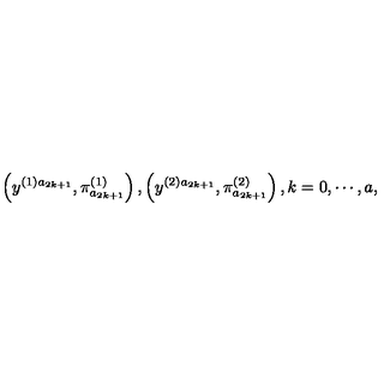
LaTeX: \left( y ^ { ( 1 ) a _ { 2 k + 1 } } , \pi _ { a _ { 2 k + 1 } } ^ { ( 1 ) } \right) , \left( y ^ { ( 2 ) a _ { 2 k + 1 } } , \pi _ { a _ { 2 k + 1 } } ^ { ( 2 ) } \right) , k = 0 , \cdots , a ,